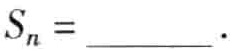
$S_{n}=\underline{\quad\quad}.$